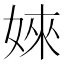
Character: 婡